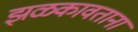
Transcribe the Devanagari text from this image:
झळकावताना